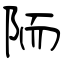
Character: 陑